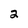
Character: 2